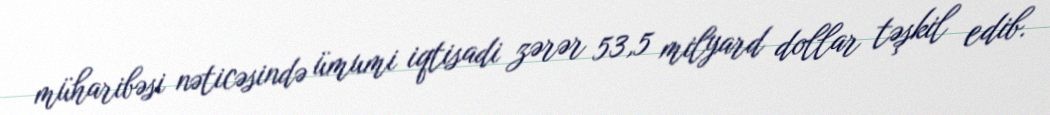
müharibəsi nəticəsində ümumi iqtisadi zərər 53,5 milyard dollar təşkil edib.